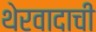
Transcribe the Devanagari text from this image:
थेरवादाची